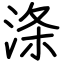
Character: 涤